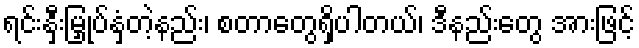
ရင်းနှီးမြှုပ်နှံတဲ့နည်း၊ စတာတွေရှိပါတယ်၊ ဒီနည်းတွေ အားဖြင့်